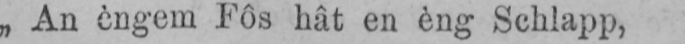
„An èngem Fôs hât en èng Schlapp,